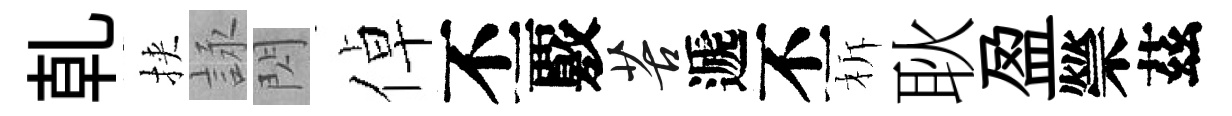
乹挾詠閃倬丕覈苦遞丕柝耿盈禜茲